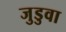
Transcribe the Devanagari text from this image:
जुडुवा